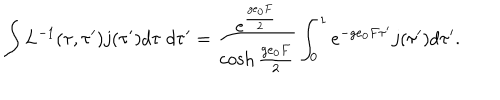
LaTeX: \int L ^ { - 1 } ( \tau , \tau ^ { \prime } ) j ( \tau ^ { \prime } ) d \tau \; d \tau ^ { \prime } = \frac { e ^ { \frac { g e _ { 0 } F } { 2 } } } { \cosh \frac { g e _ { 0 } F } { 2 } } \int _ { 0 } ^ { 1 } e ^ { - g e _ { 0 } F \tau ^ { \prime } } j ( \tau ^ { \prime } ) d \tau ^ { \prime } .